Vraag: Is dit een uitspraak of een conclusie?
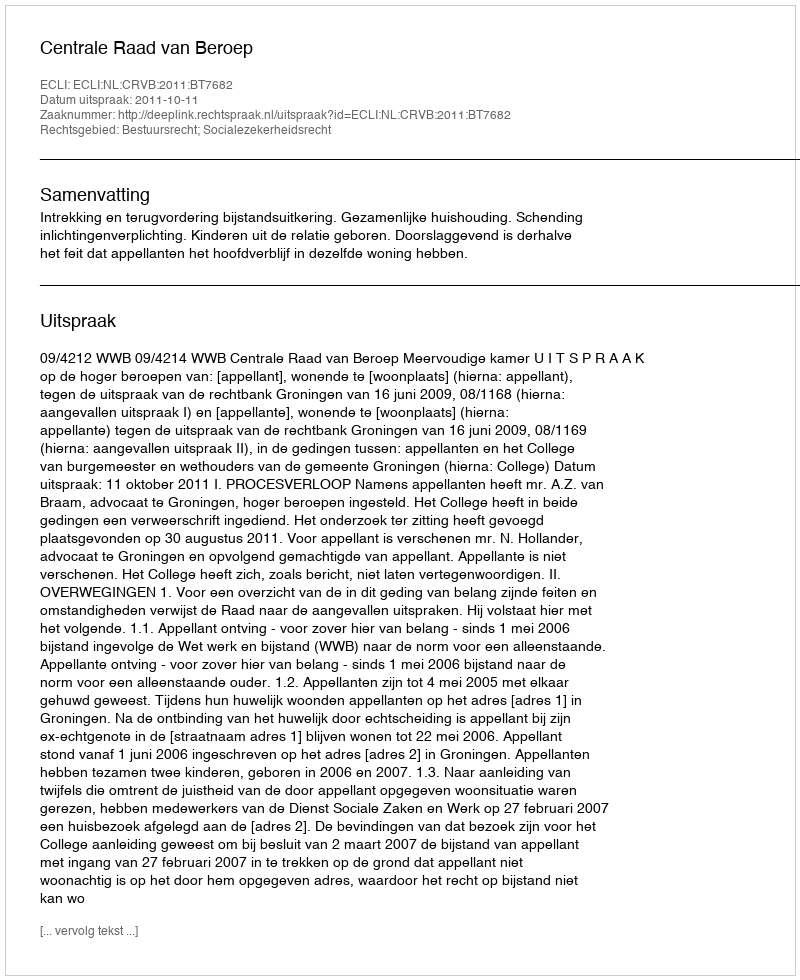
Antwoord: Uitspraak